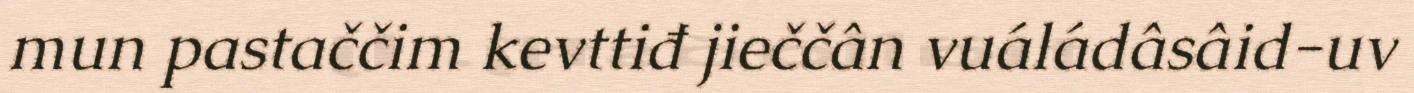
mun pastaččim kevttiđ jieččân vuáládâsâid-uv